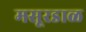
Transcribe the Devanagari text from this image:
मसूरडाळ